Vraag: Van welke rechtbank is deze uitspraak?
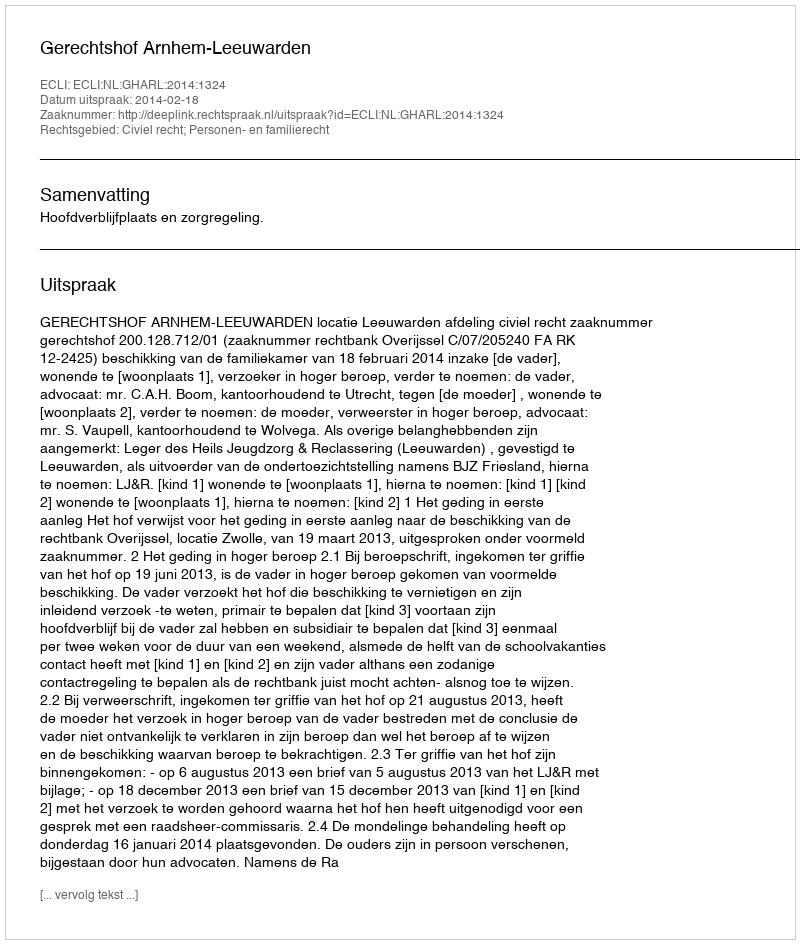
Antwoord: Gerechtshof Arnhem-Leeuwarden